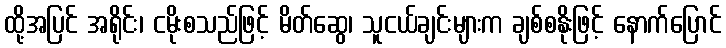
ထို့အပြင် အရိုင်း၊ ငမိုးစသည်ဖြင့် မိတ်ဆွေ၊ သူငယ်ချင်းများက ချစ်စနိုးဖြင့် နောက်ပြောင်